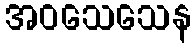
အဝသေသေန